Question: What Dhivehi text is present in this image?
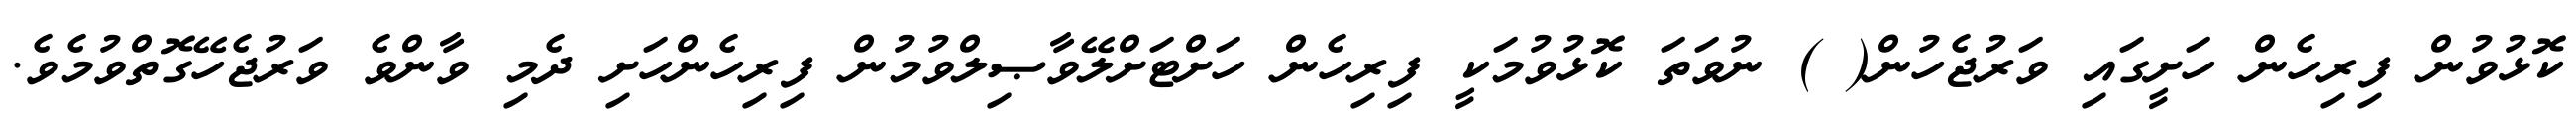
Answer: ކޮޅުވުން ފިރިހެން ހަށީގައި ވަރުޖެހުން( ) ނުވަތަ ކޮޅުވުމަކީ ފިރިހެން ހަށްޓަށްލޭވާޞިލްވުމުން ފިރިހެންހަށި ދެމި ވާންވެ ވަރުޖެހޭގޮތްވުމެވެ.